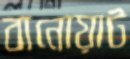
বানোয়াট